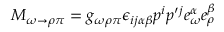
M _ { \omega \rightarrow \rho \pi } = g _ { \omega \rho \pi } { \epsilon } _ { i j \alpha \beta } p ^ { i } p \prime ^ { j } e _ { \omega } ^ { \alpha } e _ { \rho } ^ { \beta }